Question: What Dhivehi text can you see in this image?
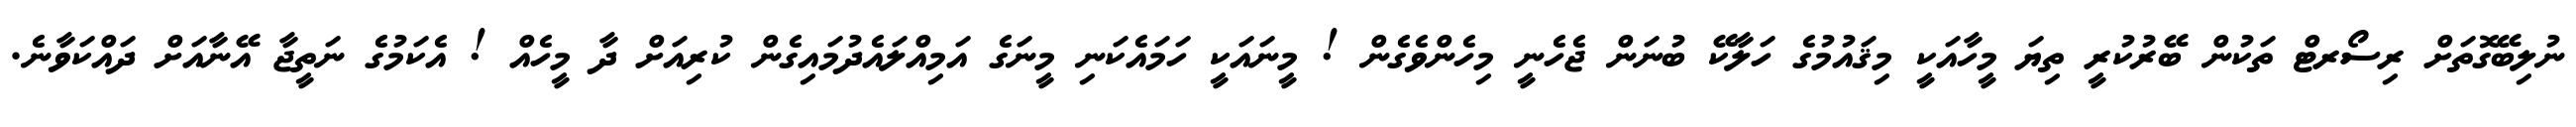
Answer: ނުލިބޭގޮތަށް ރިސޯރޓް ތަކުން ބޭރުކުރީ ތިޔަ މީހާއަކީ މިޤައުމުގެ ހަލާކޭ ބުނަން ޖެހެނީ މިހެންވެގެން ! މީނައަކީ ހަމައެކަނި މީނަގެ އަމިއްލައެދުމައިގެން ކުރިއަށް ދާ މީހެއް ! އެކަމުގެ ނަތީޖާ އޭނާއަށް ދައްކަވާނެ.